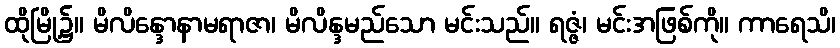
ထိုမြို့၌။ မိလိန္ဒောနာမရာဇာ၊ မိလိန္ဒမည်သော မင်းသည်။ ရဇ္ဇံ၊ မင်းအဖြစ်ကို။ ကာရေသိ၊